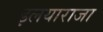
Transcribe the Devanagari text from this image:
इलयाराजा